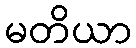
မတိယာ